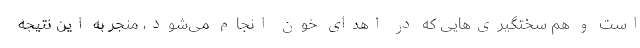
است و هم سختگیری‌هایی که در اهدای خون انجام می‌شود، منجر به این نتیجه